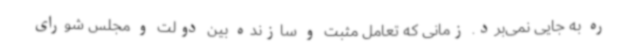
ره به جایی نمی‌برد. زمانی که تعامل مثبت و سازنده بین دولت و مجلس شورای